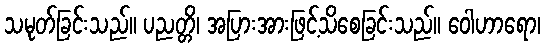
သမုတ်ခြင်းသည်။ ပညတ္တိ၊ အပြားအားဖြင့်သိစေခြင်းသည်။ ဝေါဟာရော၊